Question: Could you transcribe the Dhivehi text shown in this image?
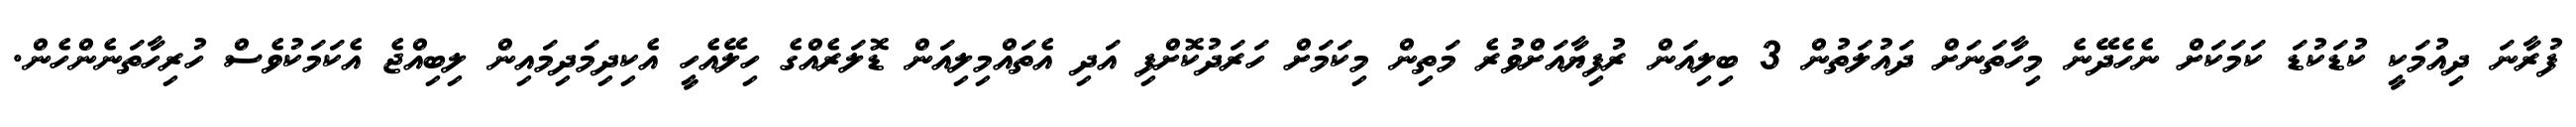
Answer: ފުރާނަ ދިއުމަކީ ކުޑަކުޑަ ކަމަކަށް ނެހެދޭނެ މިހާތަނަށް ދައުލަތުން 3 ބިލިއަން ރުފިޔާއަށްވުރެ މަތިން މިކަމަށް ހަރަދުކޮށްފި އަދި އެތައްމިލިއަން ޑޮލަރެއްގެ ހިލޭއެހީ އެކިދިމަދިމައިން ލިބިއްޖެ އެކަމަކުވެސް ހުރިހާތަނެންހެން.